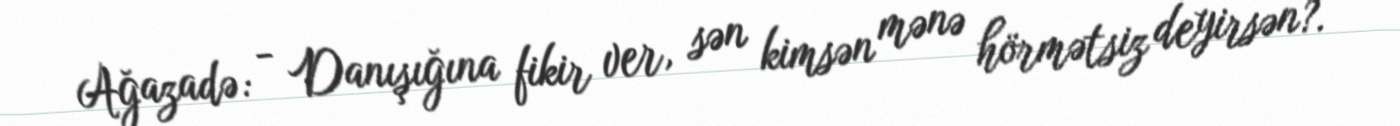
Ağazadə: - Danışığına fikir ver, sən kimsən mənə hörmətsiz deyirsən?.